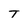
Character: T